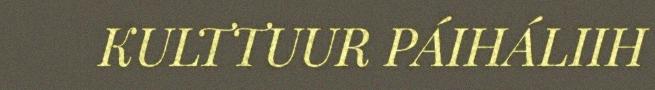
KULTTUUR PÁIHÁLIIH